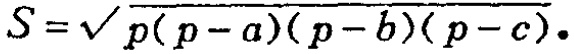
\(S = \sqrt{p(p - a)(p - b)(p - c)}.\)